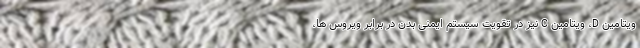
ویتامین D، ویتامین C نیز در تقویت سیستم ایمنی بدن در برابر ویروس ها،